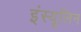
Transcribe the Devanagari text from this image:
इंस्यूलिन